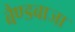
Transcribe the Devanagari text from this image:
बैण्डबाजा